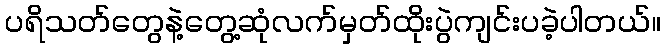
ပရိသတ်တွေနဲ့တွေ့ဆုံလက်မှတ်ထိုးပွဲကျင်းပခဲ့ပါတယ်။